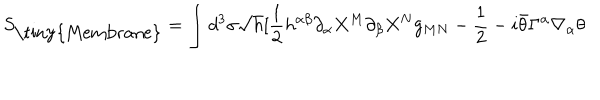
S _ { \mathrm { \tiny { M e m b r a n e } } } = \int d ^ { 3 } \sigma \sqrt { h } [ \frac { 1 } { 2 } h ^ { \alpha \beta } \partial _ { \alpha } X ^ { M } \partial _ { \beta } X ^ { N } g _ { M N } - \frac { 1 } { 2 } - i \bar { \theta } \Gamma ^ { \alpha } \nabla _ { \alpha } \theta